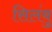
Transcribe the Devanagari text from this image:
सिलंबु